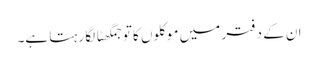
ان کے دفتر میں موکلوں کا تو جمگھٹا لگا رہتا ہے۔